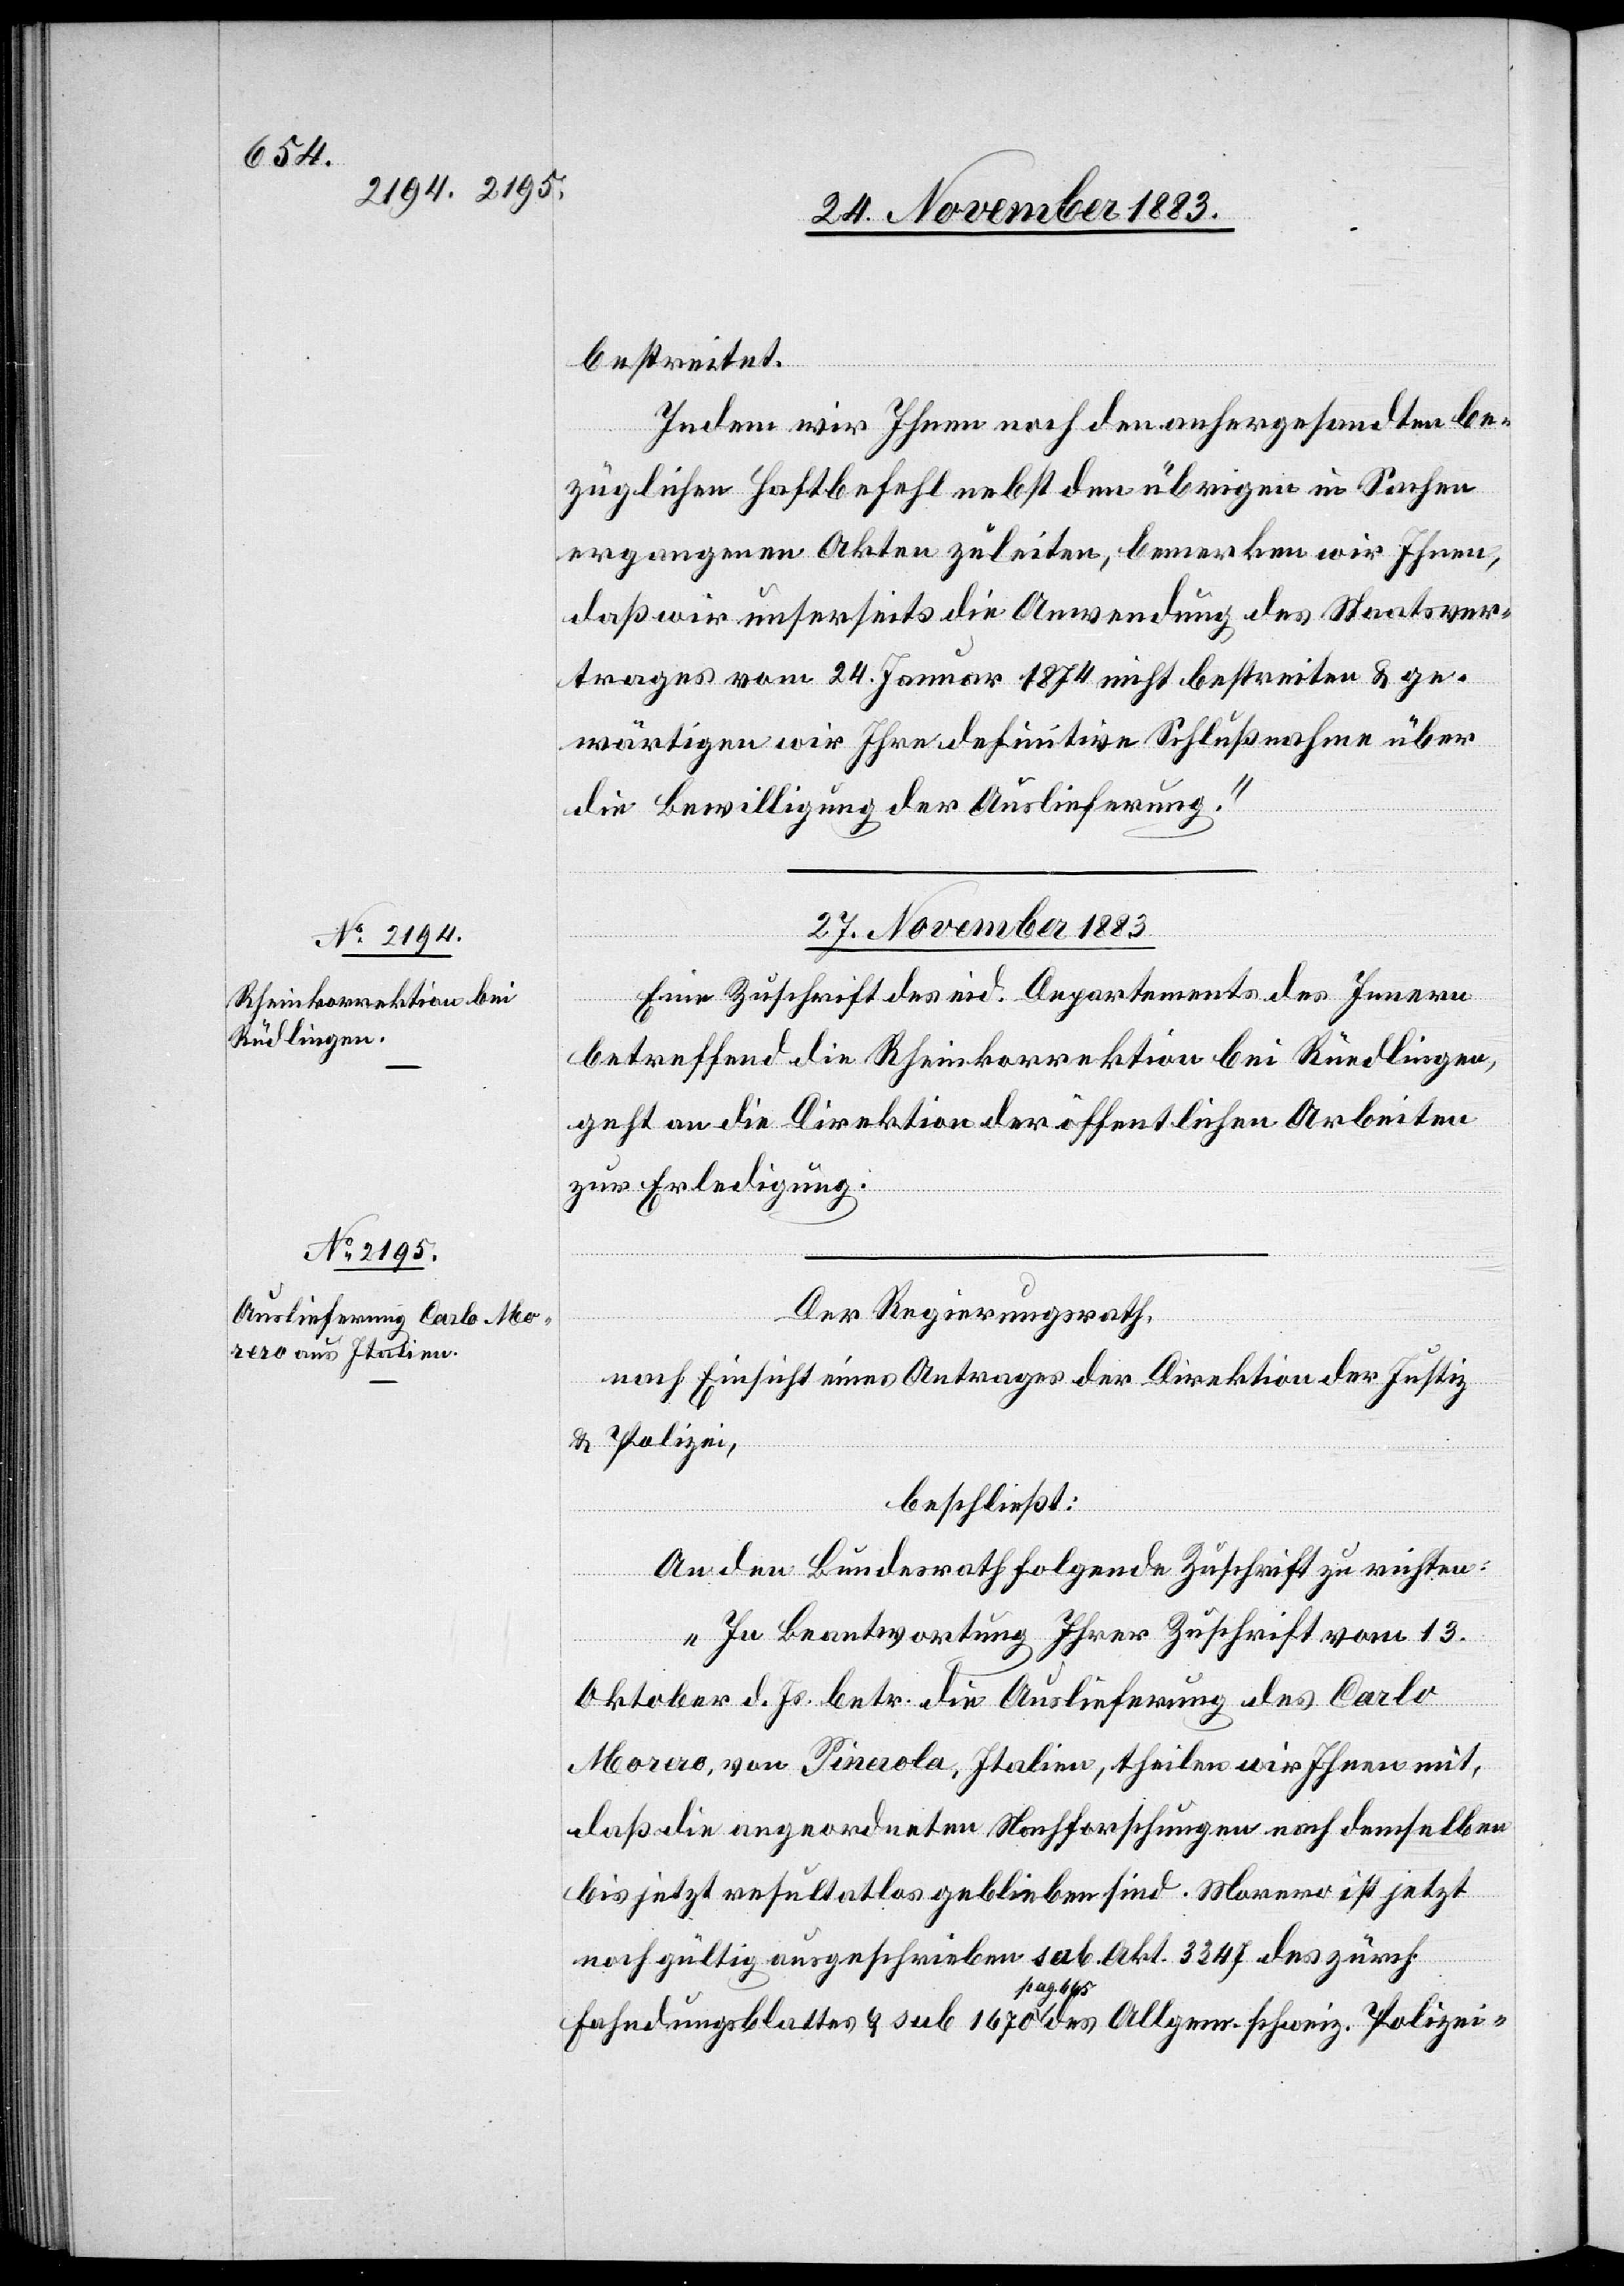
bestreitet.
Indem wir Ihnen nach den anhergesandten be¬
züglichen Haftbefehl nebst dem übrigen in Sachen
ergangenen Akten zuleiten, bemerken wir Ihnen,
daß wir unserseits die Anwendung des Staatsver¬
trages vom 24. Januar 1874 nicht bestreiten & ge¬
wärtigen wir Ihre definitive Schlußnahme über
die Bewilligung der Auslieferung.“
27. November 1883.]
Eine Zuschrift des eid. Departements des Innern
betreffend die Rheinkorrektion bei Rüedlingen,
geht an die Direktion der öffentlichen Arbeiten
zur Erledigung.
Der Regierungsrath,
nach Einsicht eines Antrages der Direktion der Justiz
& Polizei,
beschließt:
An den Bundesrath folgende Zuschrift zu richten:
„In Beantwortung Ihrer Zuschrift vom 13.
Oktober d. Js. betr. die Auslieferung des Carlo
Morero, von Pinerola, Italien, theilen wir Ihnen mit,
daß die angeordneten Nachforschungen nach demselben
bis jetzt resultatlos geblieben sind. Morero ist jetzt
noch gültig ausgeschrieben sub. Akt. 3347 des zürch.
Fahndungsblattes & sub. 1670 pag. 665 des Allgem. schweiz. Polizei-